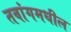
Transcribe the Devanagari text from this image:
तवांगमधील